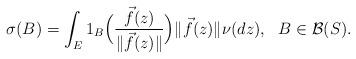
LaTeX: \begin{align*}\sigma(B)= \int_{E} 1_B\Big(\frac{\vec{f}(z)}{\|\vec{f}(z)\|}\Big) \|\vec{f}(z)\| \nu(dz),\ \ B\in {\cal B}(S).\end{align*}